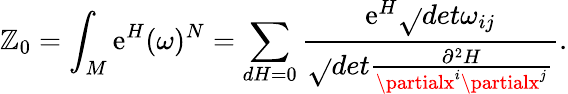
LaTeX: \mathbb{Z}_{0}=\int_{M}\mathrm{{e}}^{H}(\omega)^{N}=\sum_{dH=0}\frac{{\mathrm{{e}}^{H}\sqrt{}{{det\omega_{ij}}}}}{{\sqrt{}{{det\frac{{\partial^{2}H}}{{\partialx^{i}\partialx^{j}}}}}}}.